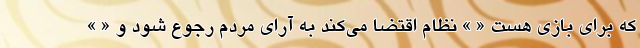
که برای بازی هست « » نظام اقتضا می‌کند به آرای مردم رجوع شود و « »